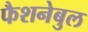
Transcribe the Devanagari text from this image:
फैशनेबुल